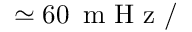
\simeq 6 0 \ensuremath { \, \mathrm { ~ m ~ H ~ z ~ } } /